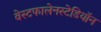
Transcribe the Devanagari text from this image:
वेस्टफालेनस्टेडियॉन